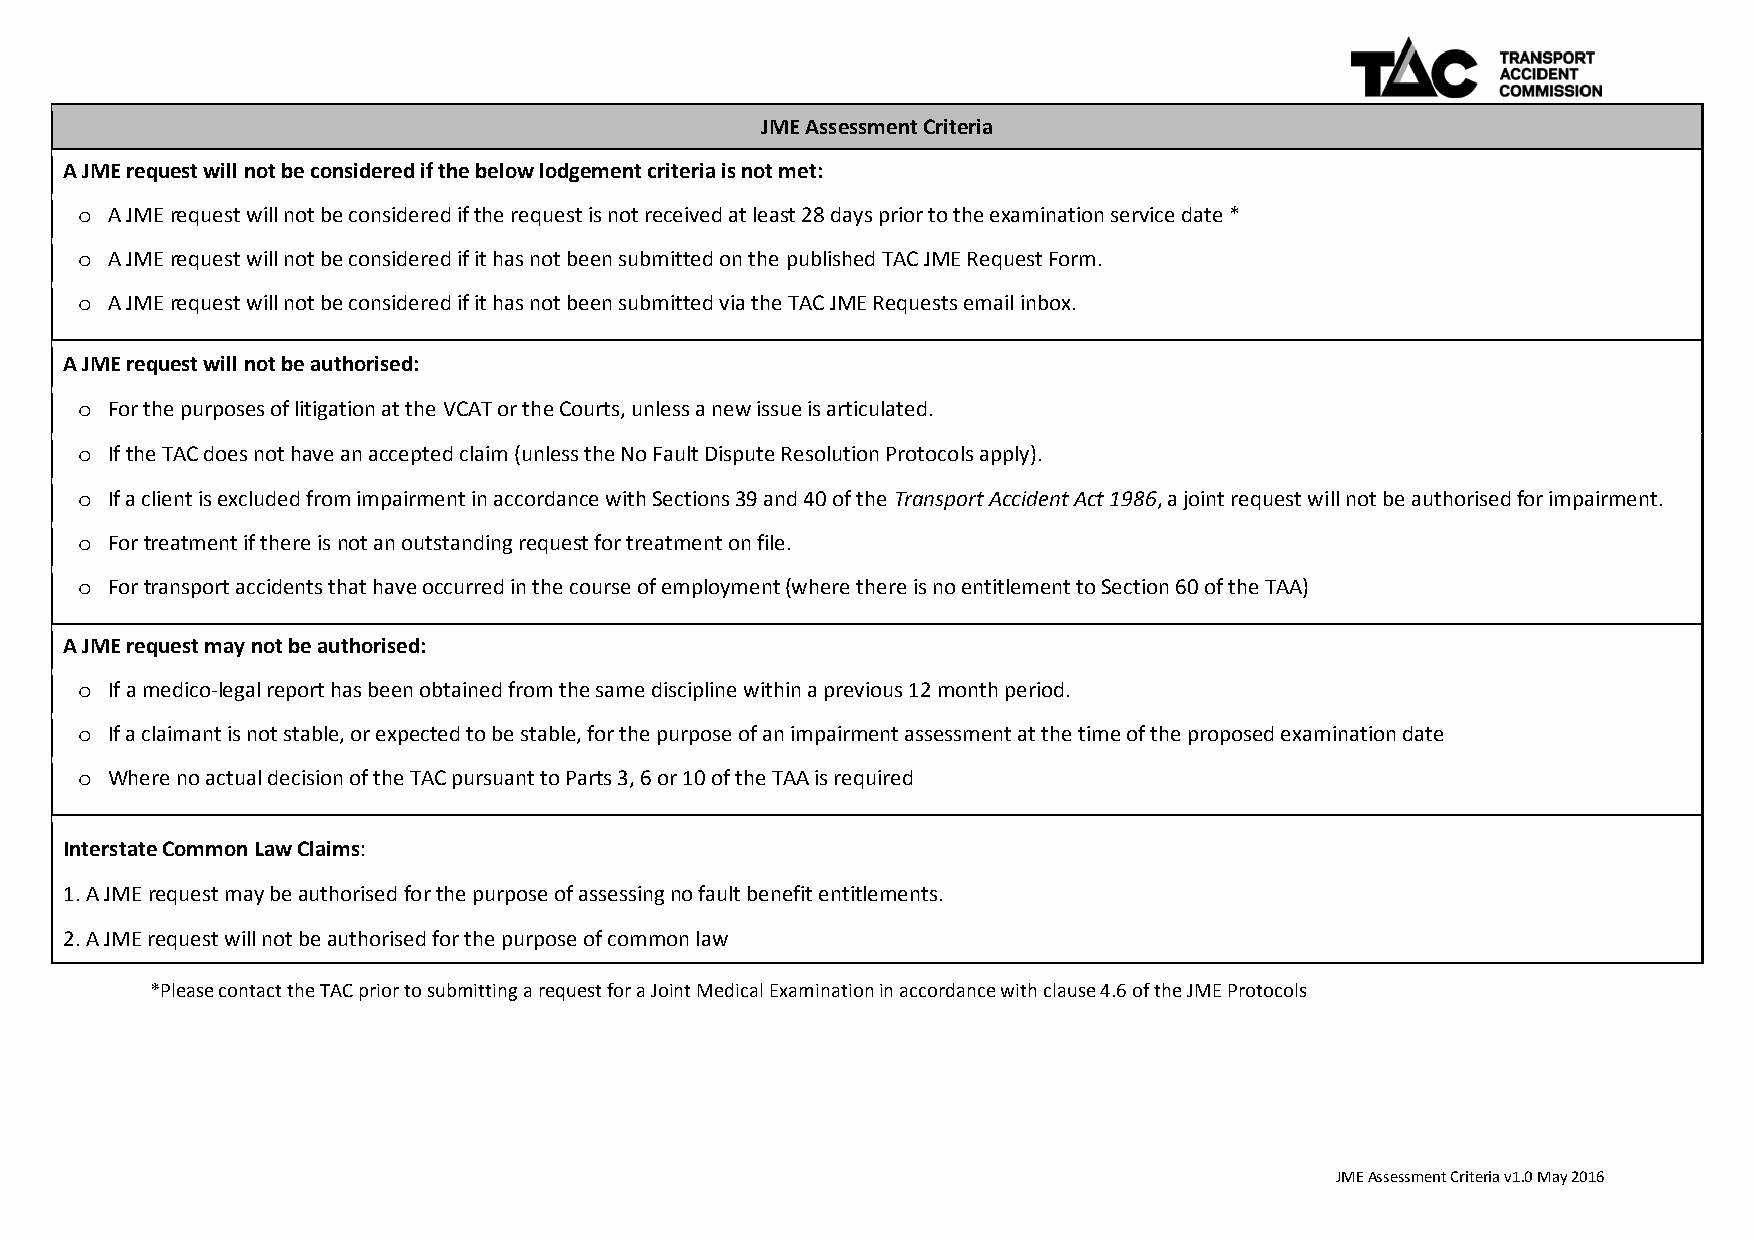
JME Assessment Criteria
 A JME request will not be considered if the below lodgement criteria is not met:
 A JME request will not be considered if the request is not received at least 28 days prior to the examination service date *
 o
 A JME request will not be considered if it has not been submitted on the published TAC JME Request Form.
 o
 A JME request will not be considered if it has not been submitted via the TAC JME Requests email inbox.
 o
 A JME request will not be authorised:
 For the purposes of litigation at the VCAT or the Courts, unless a new issue is articulated.
 o
 If the TAC does not have an accepted claim (unless the No Fault Dispute Resolution Protocols apply).
 o
 If a client is excluded from impairment in accordance with Sections 39 and 40 of the Transport Accident Act 1986, a joint request will not be authorised for impairment.
 o
 For treatment if there is not an outstanding request for treatment on file.
 o
 For transport accidents that have occurred in the course of employment (where there is no entitlement to Section 60 of the TAA)
 o
 A JME request may not be authorised:
 If a medico-legal report has been obtained from the same discipline within a previous 12 month period.
 o
 If a claimant is not stable, or expected to be stable, for the purpose of an impairment assessment at the time of the proposed examination date
 o
 Where no actual decision of the TAC pursuant to Parts 3, 6 or 10 of the TAA is required
 o
 Interstate Common Law Claims:
 1. A JME request may be authorised for the purpose of assessing no fault benefit entitlements.
 2. A JME request will not be authorised for the purpose of common law
 *Please contact the TAC prior to submitting a request for a Joint Medical Examination in accordance with clause 4.6 of the JME Protocols
 JME Assessment Criteria v1.0 May 2016